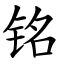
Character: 铭